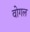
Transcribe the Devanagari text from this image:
वोगल